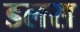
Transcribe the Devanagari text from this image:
डलस